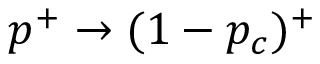
p ^ { + } \to ( 1 - p _ { c } ) ^ { + }